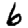
Digit: 6